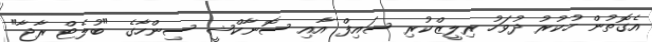
އެގޮތުން ހުކުރު ދުވަހު ރިލީޒްކުރި ސައިފް އާއި ސޮނާކްޝީ ސިންހާގެ "ބުލެޓް ރާޖާ"